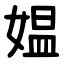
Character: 媪